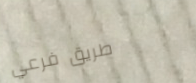
طريق فرعي